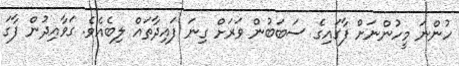
ހުންނަ މީހުންނަށް ފާގައިގެ ސަބަބުން ވަރަށް ގިނަ ފައިދާތައް ލިބެއެވެ. ގަވާއިދުން ފާގަ